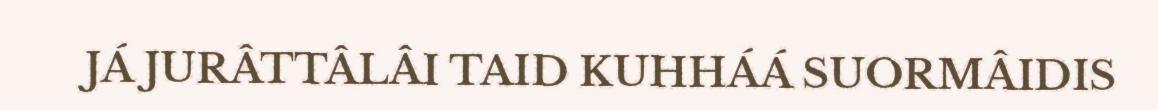
JÁ JURÂTTÂLÂI TAID KUHHÁÁ SUORMÂIDIS